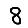
Digit: 8